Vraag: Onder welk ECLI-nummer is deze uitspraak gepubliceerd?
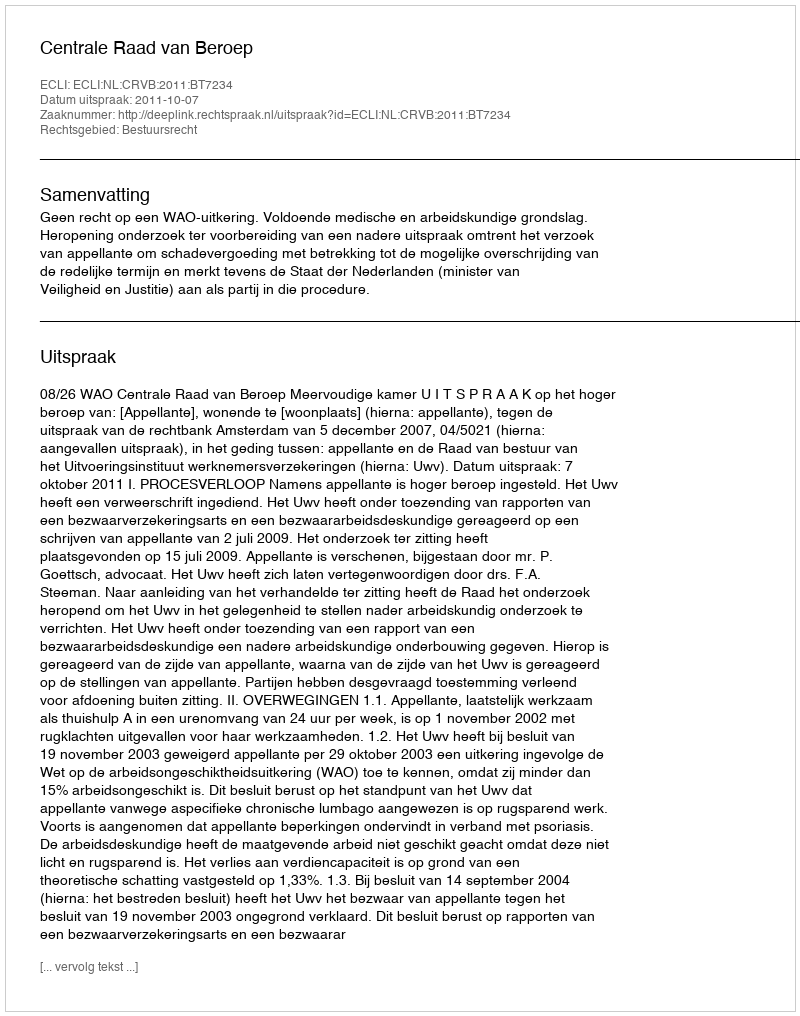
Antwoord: ECLI:NL:CRVB:2011:BT7234